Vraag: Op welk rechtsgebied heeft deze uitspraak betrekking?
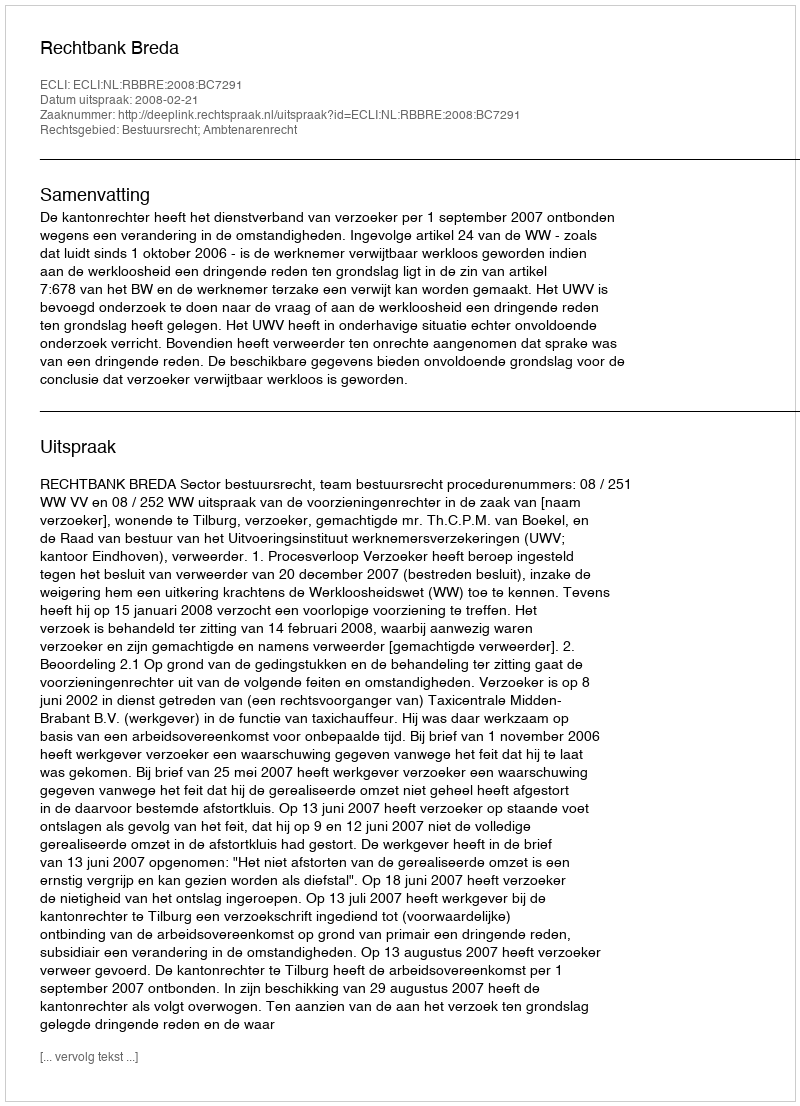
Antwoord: Bestuursrecht; Ambtenarenrecht